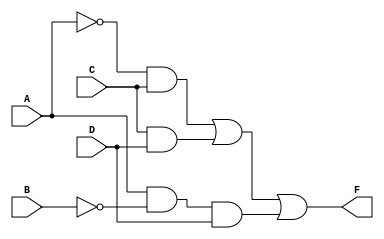
module hw3 (F, A, B, C, D);

output F;
input A, B, C, D;

wire NA, NB;
wire A1, A2, A3, O1;

not (NA, A);
not (NB, B);

and (A1, NA, C);
and (A2, C, D);
and (A3, A, NB, D);

or (F, A1, A2, A3);

endmodule